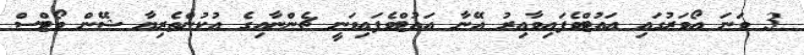
3 ވަނަ އޯވަރުގައި އައުޓްވެފައިވާއިރު އޭނާ އައުޓްވެފައިވަނީ ޗެންނާއިގެ އުކުންތެރިޔާ ޝޭން ވޯޓްްސް